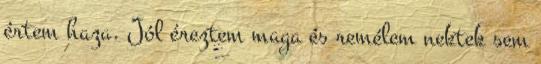
értem haza. Jól éreztem maga és remélem nektek sem